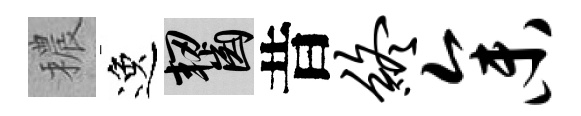
穠逸齧昔终参